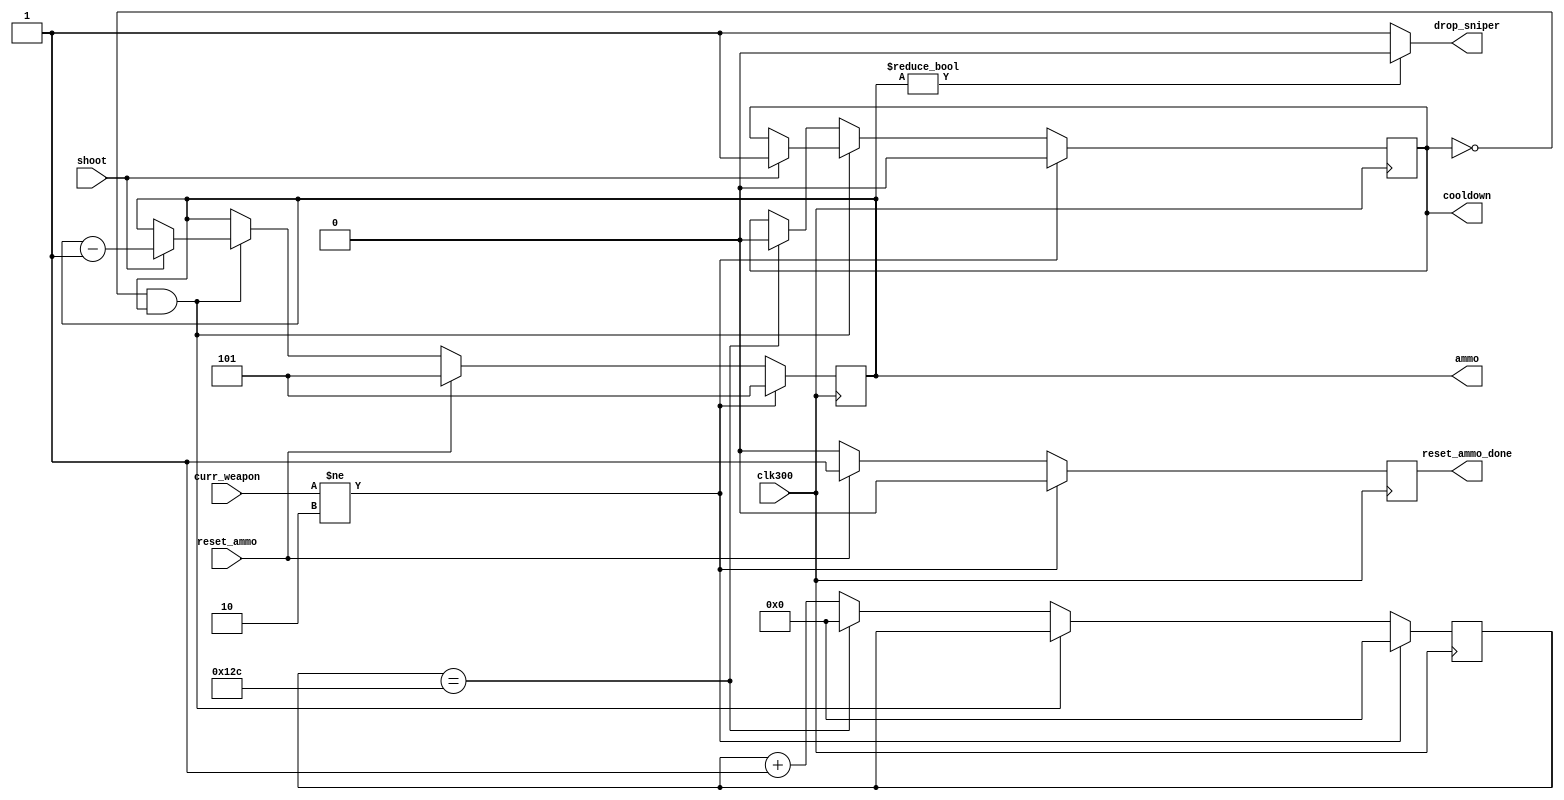
`timescale 1ns / 1ps
//////////////////////////////////////////////////////////////////////////////////
// Company: 
// Engineer: 
// 
// Design Name: 
// Module Name: sniper_module
// Project Name: 
// Target Devices: 
// Tool Versions: 
// Description: 
// 
// Dependencies: 
// 
// Revision:
// Revision 0.01 - File Created
// Additional Comments:
// 
//////////////////////////////////////////////////////////////////////////////////


module sniper_module(
    input clk300, shoot, reset_ammo,
    input [1:0] curr_weapon,
    output reg cooldown = 0,
    output drop_sniper,
    output reg reset_ammo_done = 0,
    output reg [2:0] ammo = 5
);

    reg [8:0] COUNT = 0;
    
    assign drop_sniper = ammo ? 0 : 1;
    
    always @(posedge clk300) begin
        if (curr_weapon != 2) begin
            cooldown <= 0;
            ammo <= 5;
            COUNT <= 0;
            reset_ammo_done <= 0;
        end
        else begin
            if (!cooldown && ammo) begin
                if (shoot) begin
                    cooldown <= 1;
                    ammo <= ammo - 1;
                end
            end
            else begin
                COUNT <= COUNT == 300 ? COUNT : COUNT + 1;
                if (COUNT == 300) begin
                    cooldown <= 0;
                    COUNT <= 0;
                end
            end
            
            if (reset_ammo) begin
                ammo <= 5;
                reset_ammo_done <= 1;
            end
            else begin
                reset_ammo_done <= 0;
            end
        end
    end
    
endmodule